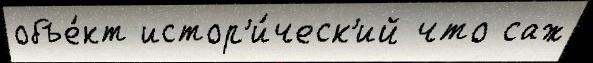
объе́кт истор'и́ческ'ий что саж